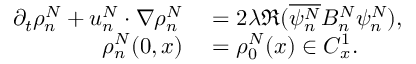
\begin{array} { r l } { \partial _ { t } \rho _ { n } ^ { N } + u _ { n } ^ { N } \cdot \nabla \rho _ { n } ^ { N } } & { { } = 2 \lambda \Re ( \overline { { \psi _ { n } ^ { N } } } B _ { n } ^ { N } \psi _ { n } ^ { N } ) , } \\ { \rho _ { n } ^ { N } ( 0 , x ) } & { { } = \rho _ { 0 } ^ { N } ( x ) \in C _ { x } ^ { 1 } . } \end{array}